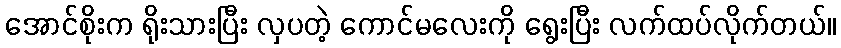
အောင်စိုးက ရိုးသားပြီး လှပတဲ့ ကောင်မလေးကို ရွေးပြီး လက်ထပ်လိုက်တယ်။